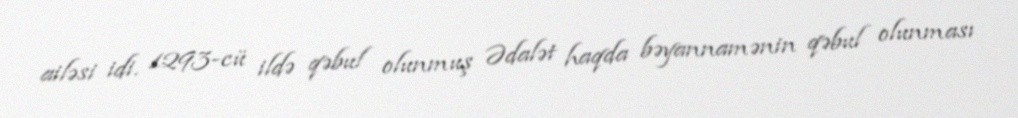
ailəsi idi. 1293-cü ildə qəbul olunmuş Ədalət haqda bəyannamənin qəbul olunması